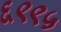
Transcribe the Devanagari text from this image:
६९९५